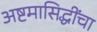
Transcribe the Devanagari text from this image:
अष्टमासिद्धींचा